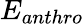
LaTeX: E_{anthro}